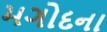
મગોદના